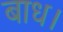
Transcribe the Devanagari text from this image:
बाध।